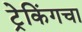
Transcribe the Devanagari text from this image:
ट्रेकिंगचा